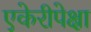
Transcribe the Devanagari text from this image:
एकेरीपेक्षा